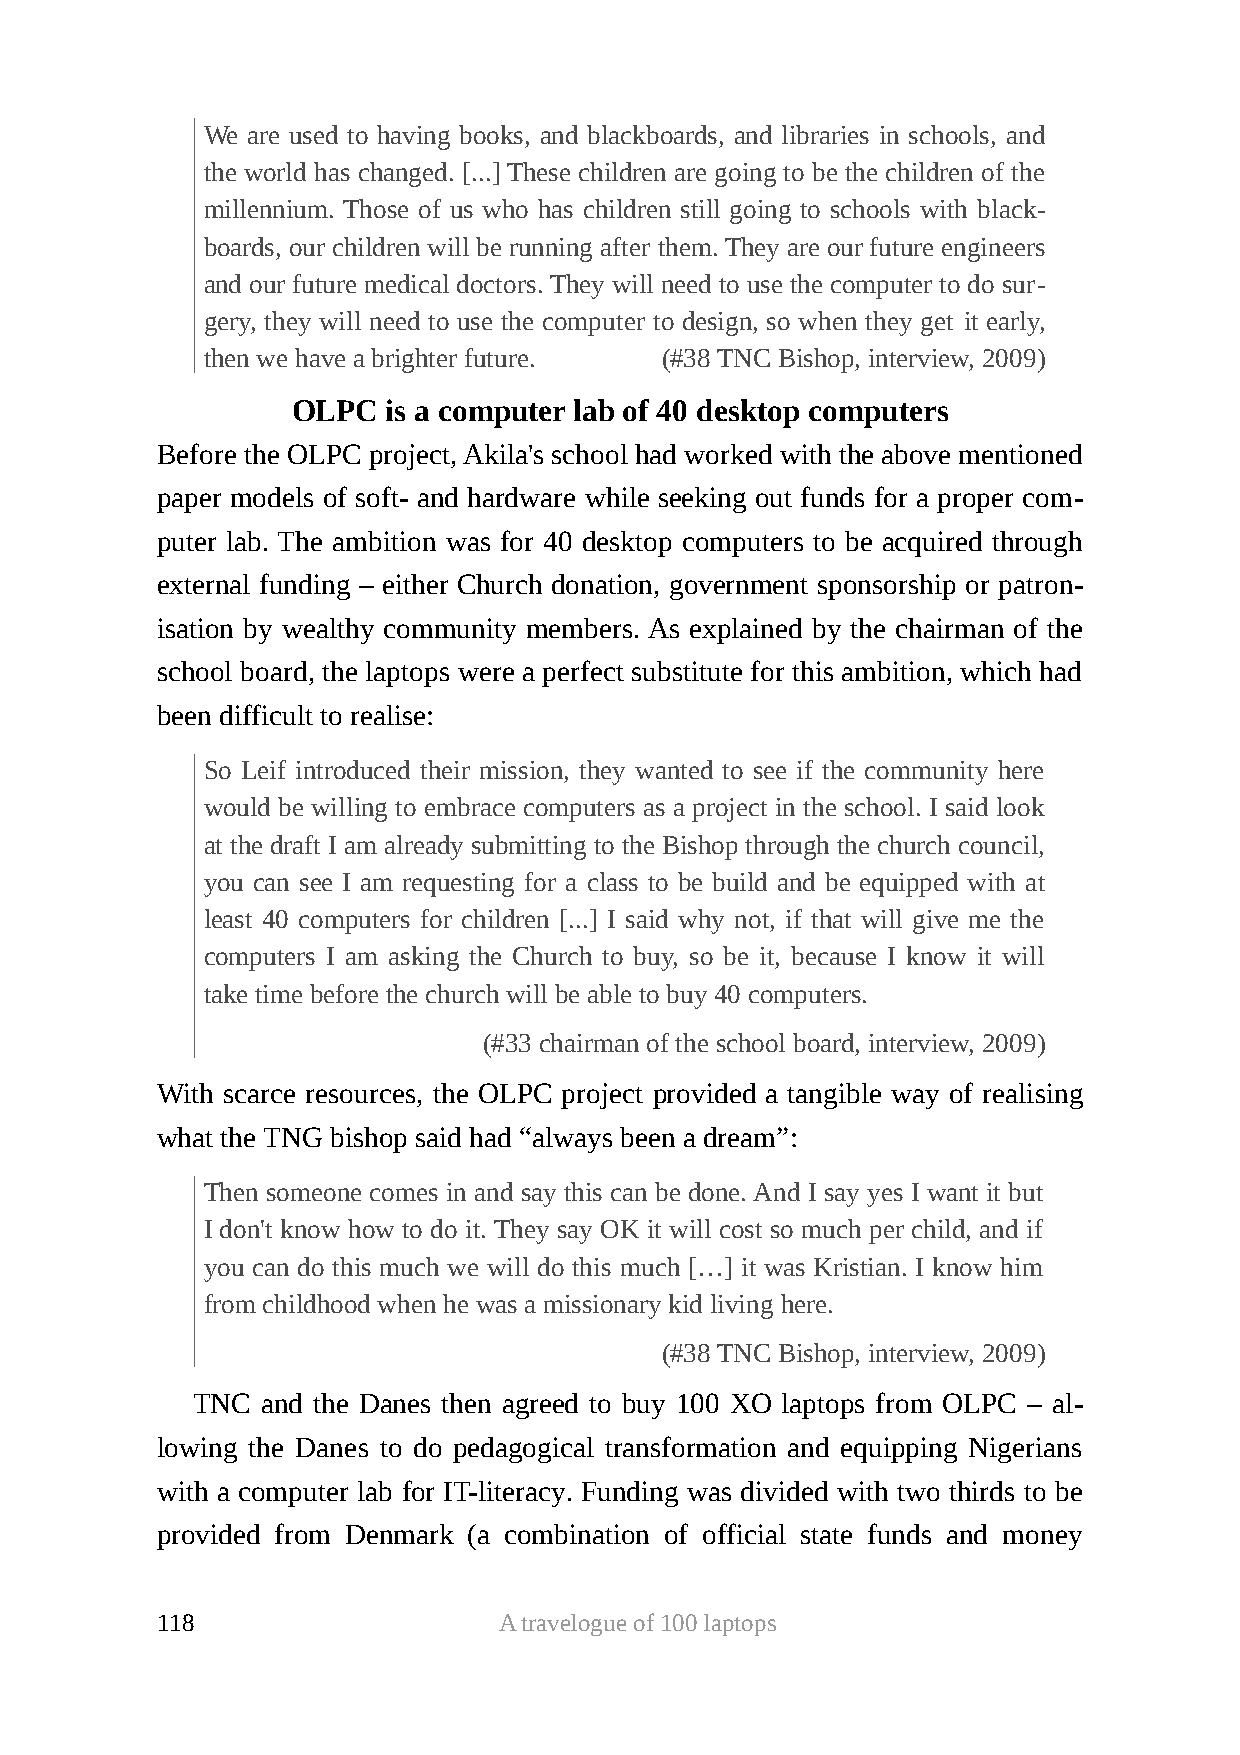
We are used to having books, and blackboards, and libraries in schools, and
 the world has changed. [...] These children are going to be the children of the
 millennium. Those of us who has children still going to schools with black-
 boards, our children will be running after them. They are our future engineers
 and our future medical doctors. They will need to use the computer to do sur-
 gery, they will need to use the computer to design, so when they get it early,
 then we have a brighter future. (#38 TNC Bishop, interview, 2009)
 OLPC   is a computer lab of 40 desktop computers
 Before the OLPC project, Akila's school had worked with the above mentioned
 paper models of soft- and hardware while seeking out funds for a proper com-
 puter lab. The ambition was for 40 desktop computers to be acquired through
 external funding – either Church donation, government sponsorship or patron-
 isation by wealthy community members. As explained by the chairman of the
 school board, the laptops were a perfect substitute for this ambition, which had
 been difficult to realise:
 So Leif introduced their mission, they wanted to see if the community here
 would be willing to embrace computers as a project in the school. I said look
 at the draft I am already submitting to the Bishop through the church council,
 you can see I am requesting for a class to be build and be equipped with at
 least 40 computers for children [...] I said why not, if that will give me the
 computers I am asking the Church to buy, so be it, because I know it will
 take time before the church will be able to buy 40 computers.
 (#33 chairman of the school board, interview, 2009)
 With scarce resources, the OLPC project provided a tangible way of realising
 what the TNG bishop said had “always been a dream”:
 Then someone comes in and say this can be done. And I say yes I want it but
 I don't know how to do it. They say OK it will cost so much per child, and if
 you can do this much we will do this much […] it was Kristian. I know him
 from childhood when he was a missionary kid living here.
 (#38 TNC Bishop, interview, 2009)
 TNC and the Danes then agreed to buy 100 XO laptops from OLPC – al-
 lowing the Danes to do pedagogical transformation and equipping Nigerians
 with a computer lab for IT-literacy. Funding was divided with two thirds to be
 provided from Denmark (a combination of official state funds and money
 118                    A travelogue of 100 laptops